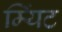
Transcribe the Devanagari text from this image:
म्यिंट